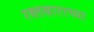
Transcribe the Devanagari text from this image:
रक्तस्राराच्या